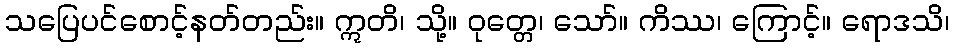
သပြေပင်စောင့်နတ်တည်း။ ဣတိ၊ သို့။ ဝုတ္တေ၊ သော်။ ကိဿ၊ ကြောင့်။ ရောဒသိ၊